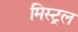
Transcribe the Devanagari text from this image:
मिस्ट्रल